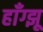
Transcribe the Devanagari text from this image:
हाँग्झू